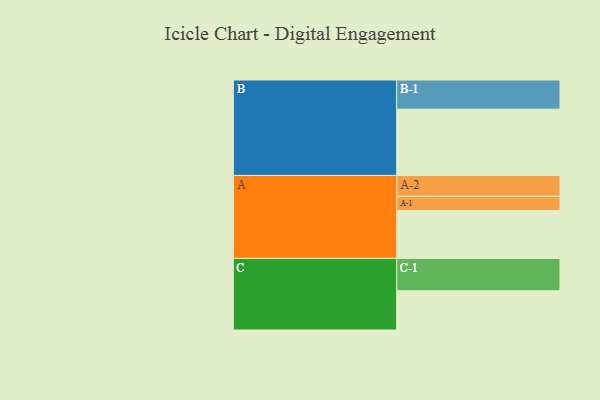
{"axis": {"x": "Segment", "y": "Value"}, "legend": ["", "A", "B", "C"], "data": [{"x": "A", "y": 383, "type": ""}, {"x": "B", "y": 531, "type": ""}, {"x": "C", "y": 315, "type": ""}, {"x": "A-1", "y": 115, "type": "A"}, {"x": "A-2", "y": 167, "type": "A"}, {"x": "B-1", "y": 234, "type": "B"}, {"x": "C-1", "y": 259, "type": "C"}]}